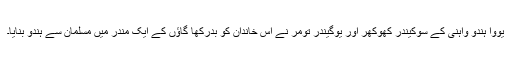
یووا ہندو واہنی کے سوکیندر کھوکھر اور یوگیندر تومر نے اس خاندان کو بدرکھا گاؤں کے ایک مندر میں مسلمان سے ہندو بنایا۔